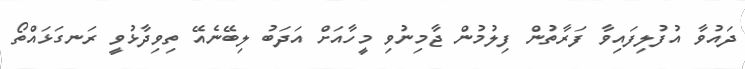
ދައުވާ އުފުލިފައިވާ ފަރާތުން ފިލުމުން ޖާމިނުވި މީހާއަށް އަދަބު ލިބޭނެއޭ ތިވިދާޅުވީ ރަނގަޅައްތޯ